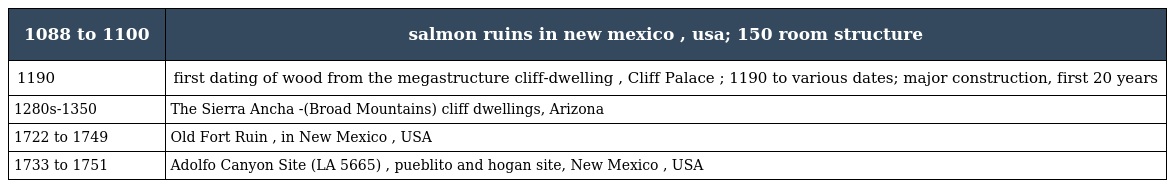
| 1088 to 1100 | salmon ruins in new mexico , usa; 150 room structure |
 | --- | --- |
 | 1190 | first dating of wood from the megastructure cliff-dwelling , Cliff Palace ; 1190 to various dates; major construction, first 20 years |
 | 1280s-1350 | The Sierra Ancha -(Broad Mountains) cliff dwellings, Arizona |
 | 1722 to 1749 | Old Fort Ruin , in New Mexico , USA |
 | 1733 to 1751 | Adolfo Canyon Site (LA 5665) , pueblito and hogan site, New Mexico , USA |